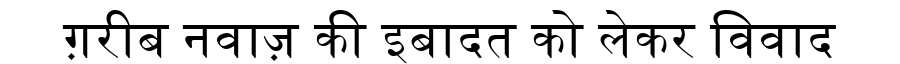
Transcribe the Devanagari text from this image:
ग़रीब नवाज़ की इबादत को लेकर विवाद